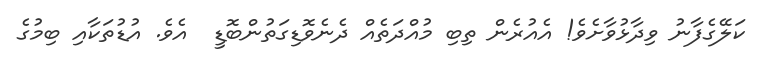
ކަލޭގެފާނު ވިދާޅުވާށެވެ! އެއުރެން ތިބި މުއްދަތެއް ދެނެވޮޑިގަތުންބޮޑީ  އެވެ. އުޑުތަކާއި ބިމުގެ